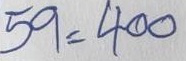
59 = 400